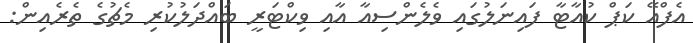
އެފްއޭ ކަޕް ކުއާޓާ ފައިނަލުގައި ވެލެންސިއާ އާއި ވިކްޓަރީ ބައްދަލުކުރި މެޗުގެ ތެރެއިން: